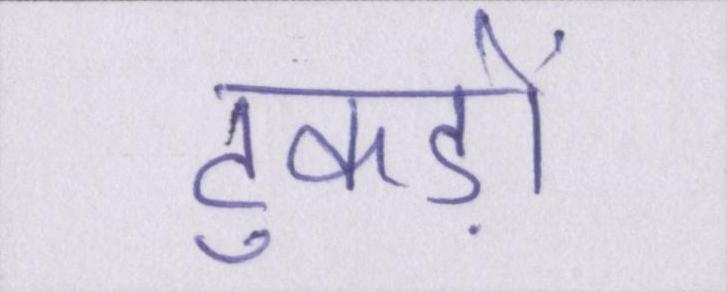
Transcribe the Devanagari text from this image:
टुकड़ों